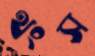
থংস